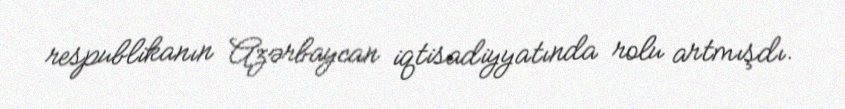
respublikanın Azərbaycan iqtisadiyyatında rolu artmışdı.